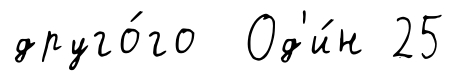
друго́го Од'и́н 25